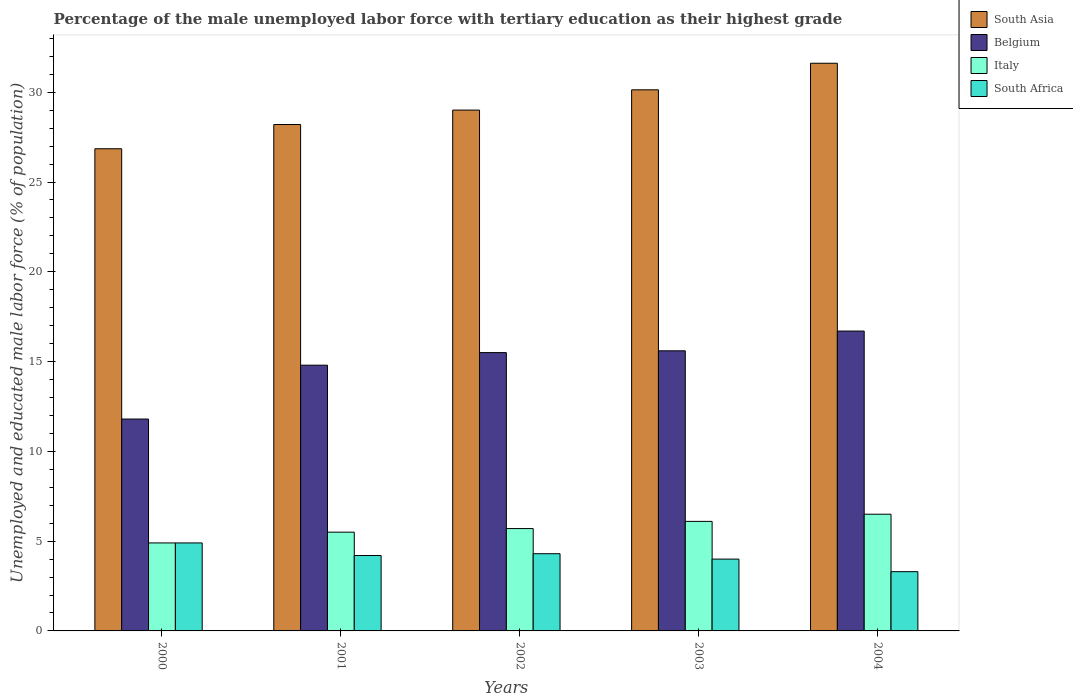
| Years | South Asia | Belgium | Italy | South Africa |
 | --- | --- | --- | --- | --- |
 | 2000 | 26.9 | 11.8 | 4.9 | 4.9 |
 | 2001 | 28.2 | 14.8 | 5.5 | 4.2 |
 | 2002 | 29 | 15.5 | 5.7 | 4.3 |
 | 2003 | 30.1 | 15.6 | 6.1 | 4 |
 | 2004 | 31.6 | 16.7 | 6.5 | 3.3 |